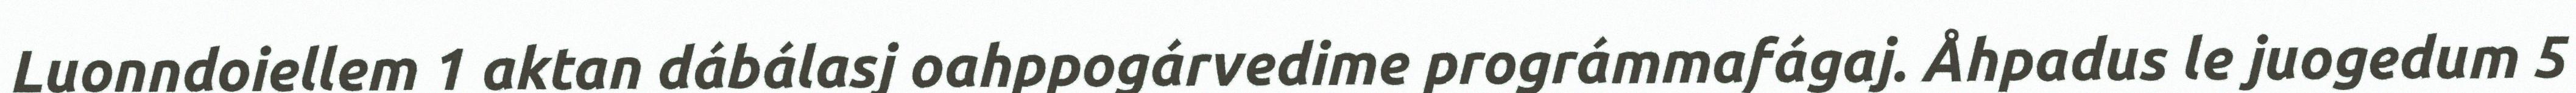
Luonndoiellem 1 aktan dábálasj oahppogárvedime prográmmafágaj. Åhpadus le juogedum 5